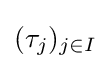
(\tau _{j})_{j\in I}